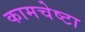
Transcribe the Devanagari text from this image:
कामचेष्टा